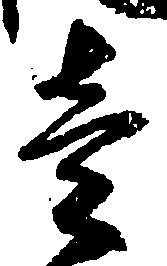
壱